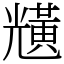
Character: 黋